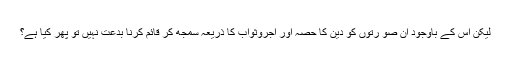
لیکن اس کے باوجود ان صو رتوں کو دین کا حصہ اور اجروثواب کا ذریعہ سمجھ کر قائم کرنا بدعت نہیں تو پھر کیا ہے؟